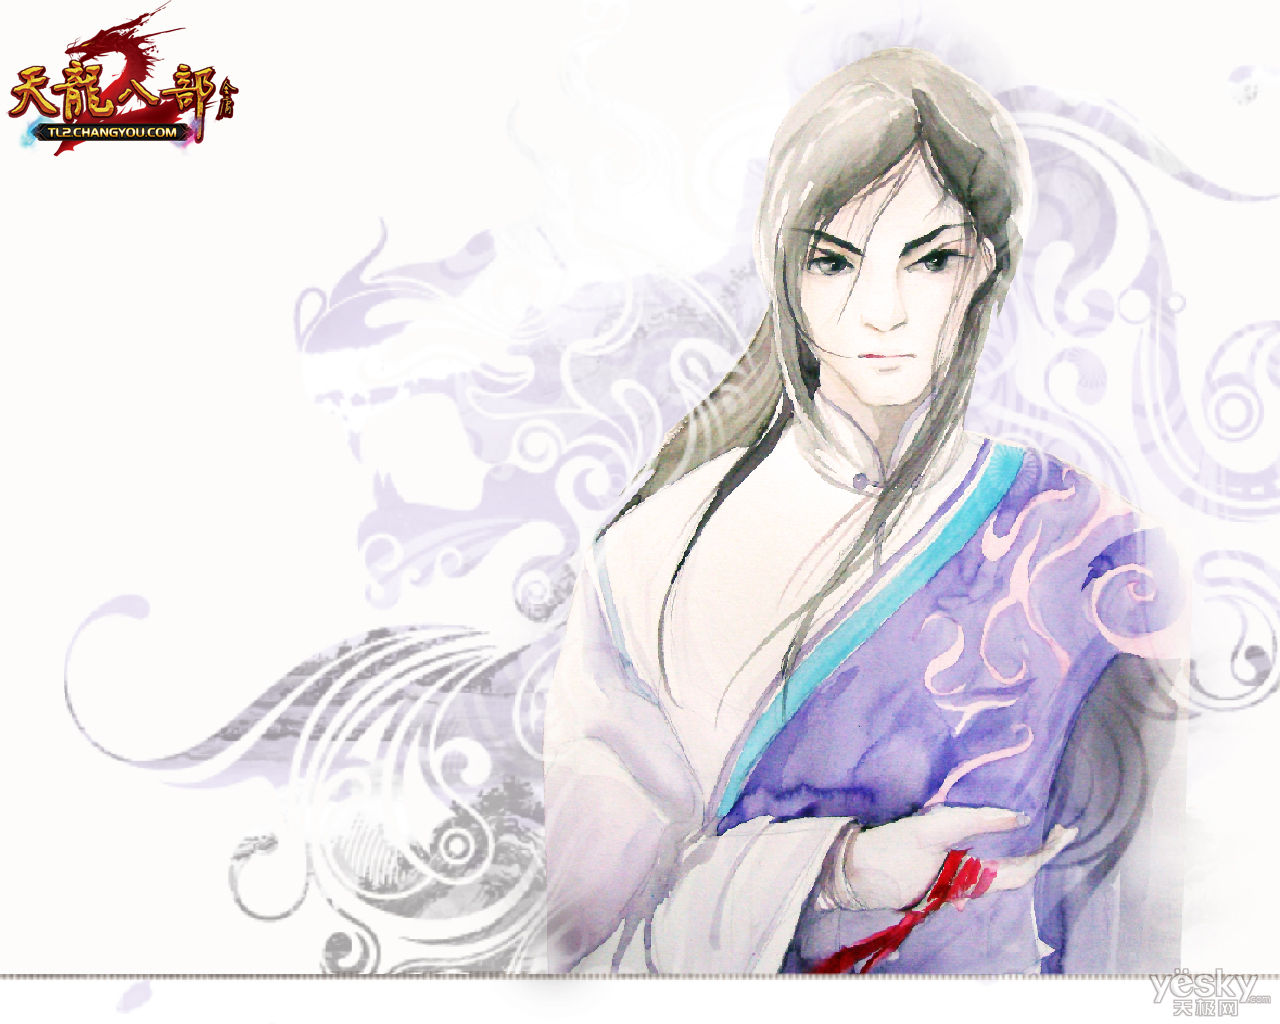
是故天地不昭昭，大水不潦潦，大火不燎燎，王德不尧尧者，乃千人之长也。